Jaan_Tonisson_(Lasteleht), lk 365
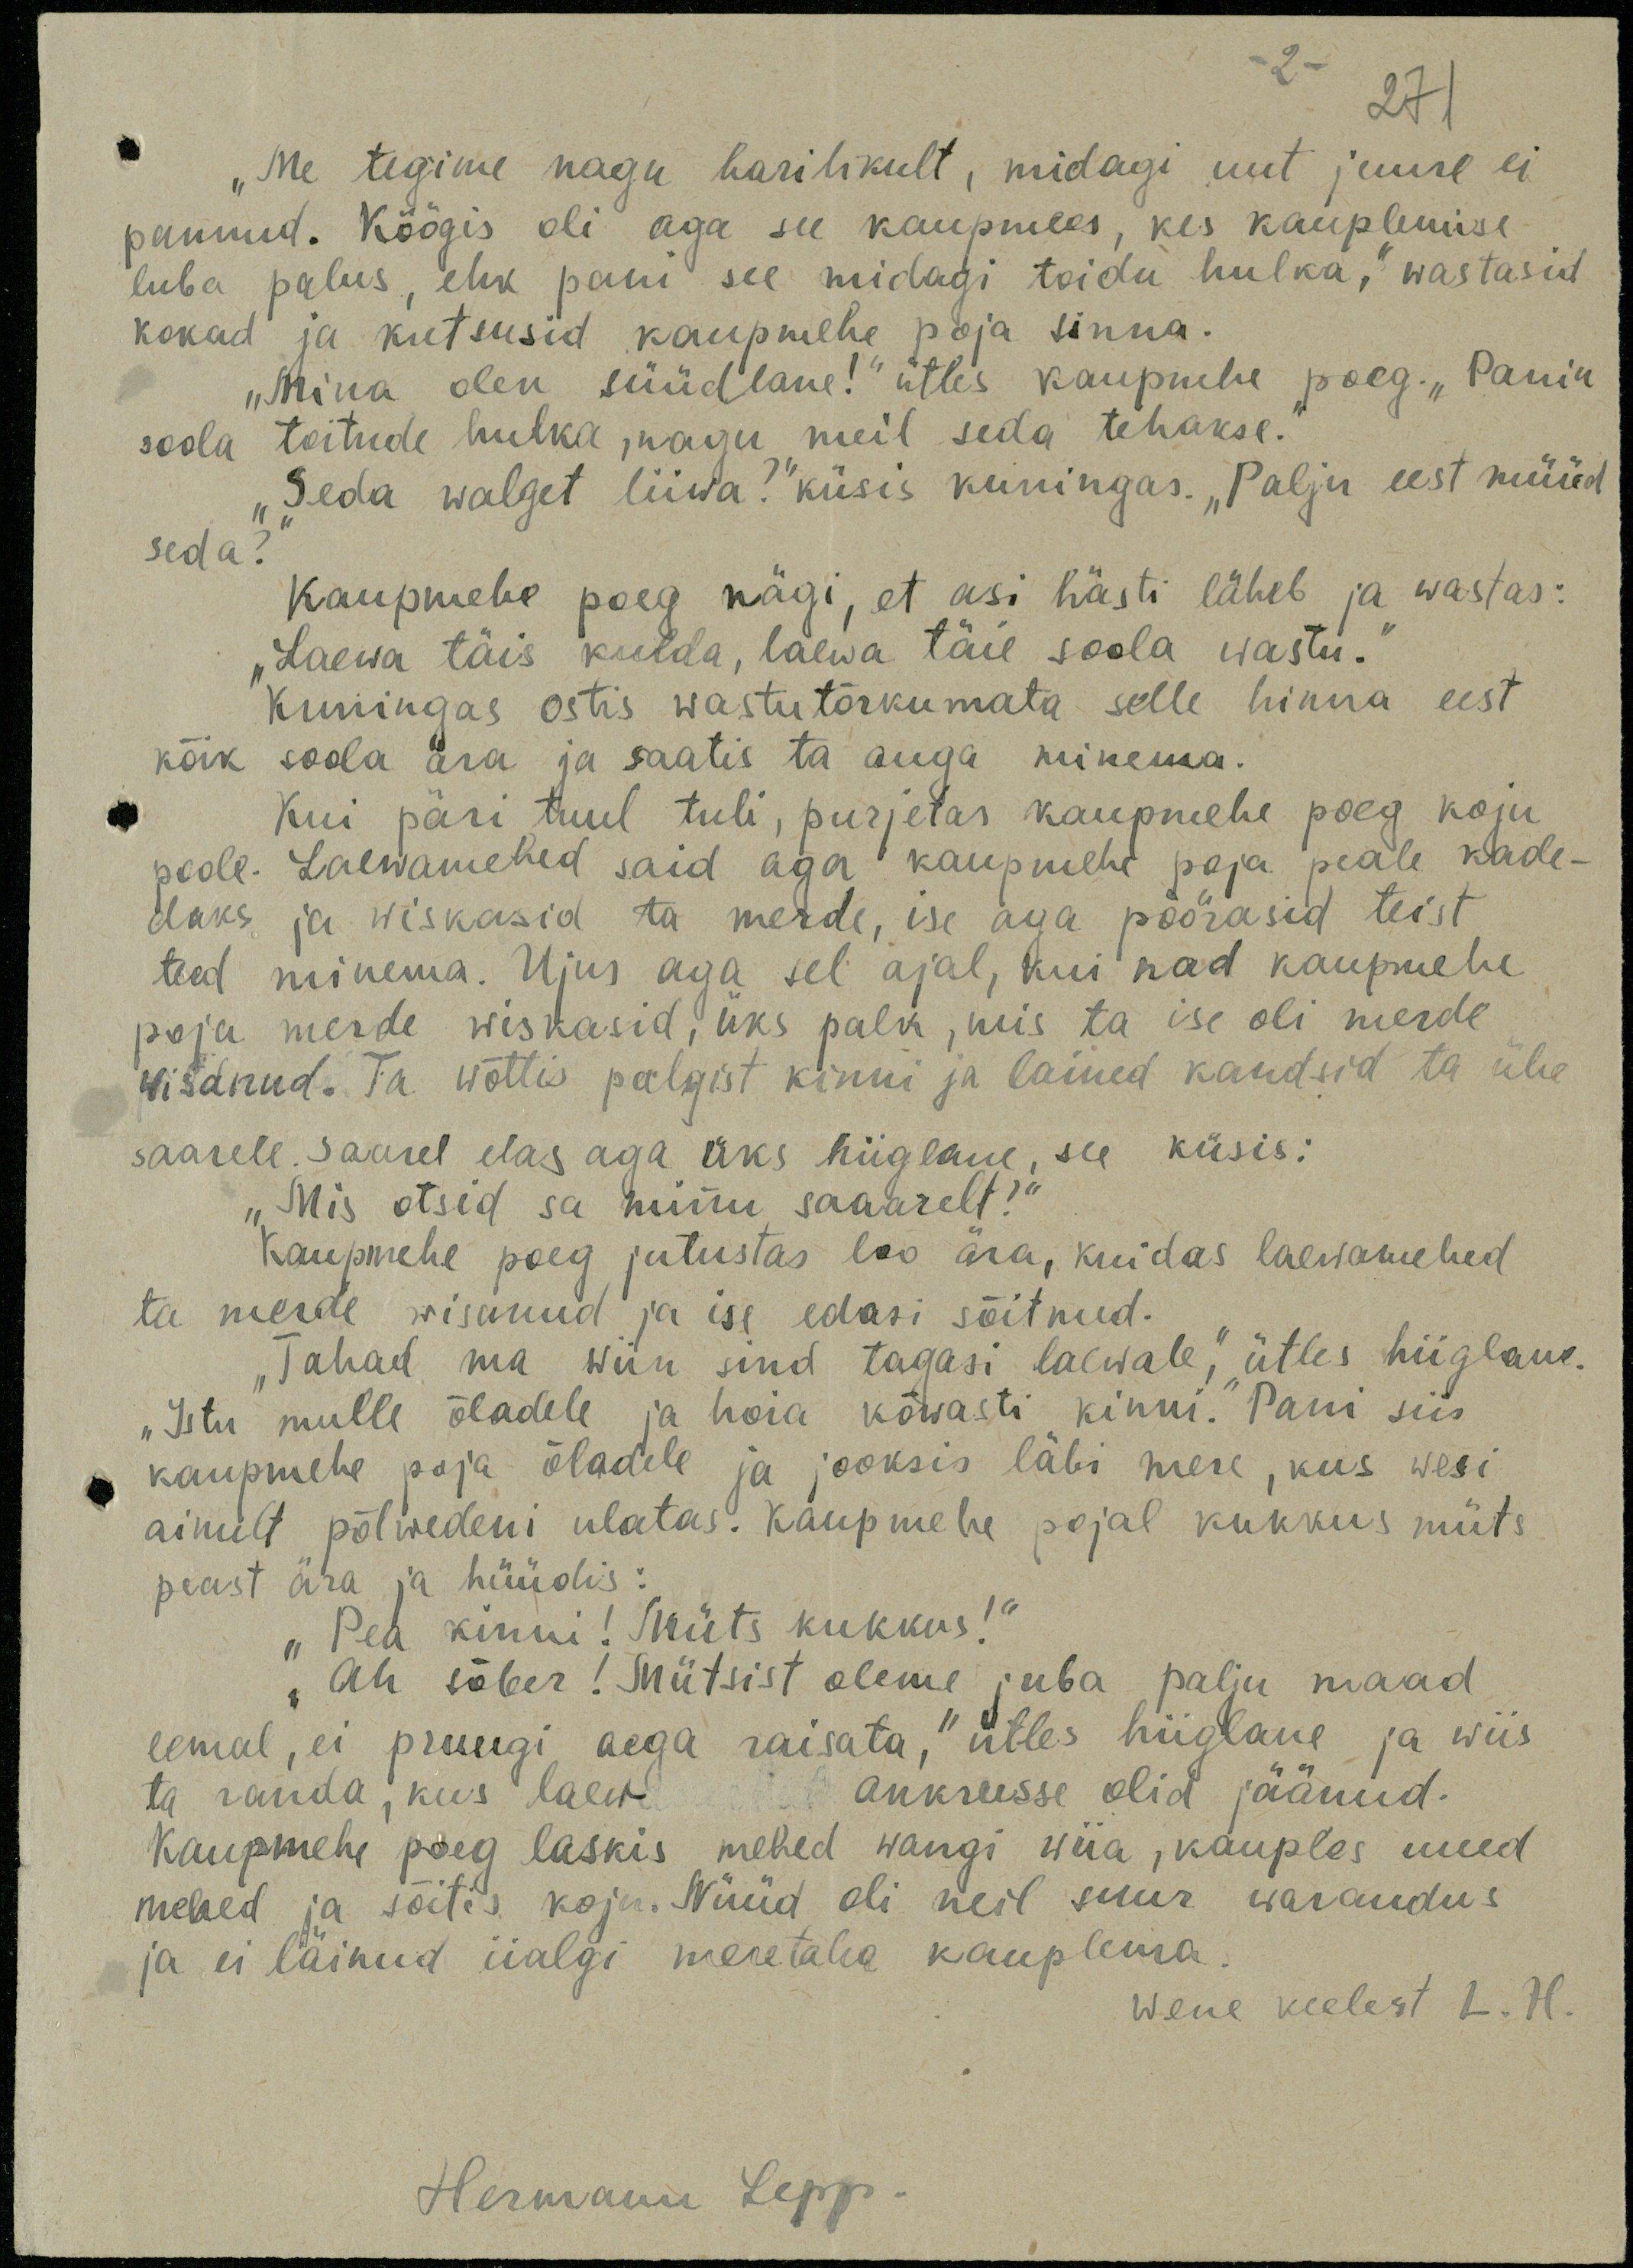
2 - 271

„Me tegime nagu harilikult, midagi uut juure ei
pannud. Köögis oli aga see kaupmees, kes kauplemise
luba palus, ehk pani see midagi toidu hulka," wastasid
kokad ja kutsusid kaupmehe poja sinna.
"Mina olen süüdlane!" ütles kaupuhu poeg. "Panin
soola toitude hulka, nagu meil seda tehakse.
"Seda walget liiwa?" küsis kuningas. „Palju eest müüd
seda?
kaupmehe poeg nägi, et asi hästi läheb ja wastas:
„Laeva täis kulda, laewa täie soola wastu.“
Kuningas ostis wastutõrkumata selle hinna eest
kõik soola ära ja saatis ta auga minema.
Kui päri tuul tuli, purjetas kaupmehe poeg koju
poole. Laewamehed said aga kaupmehe poja peale kade-
daks ja wiskasid ta merde, ise aga pöörasid teist
teed minema. Ujus aga sel ajal, kui nad kaupmehe
koja merde wiskasid, üks palk, mis ta ise oli merde,
wisanud. Ta wõttis palgist kinni ja lained kandsid ta ühe
saarele. Saarel elas aga üks hiiglane, see küsis:
„Mis otsid sa minu saaarelt?"
Kaupmehe poeg jutustas loo ära, kuidas laewamehed
ta merde wisanud ja ise edasi sõitnud.
„Tahad ma wiin sind tagasi laewale," ütles hiiglane.
"Istu mulle õladele ja hoia kõwasti kinni." Pani siis
kaupmehe poja õladele ja jooksis läbi mere, kus wesi
ainult põlwedeni ulatas. Kaupmehe pojal kukkus müts
peast ära ja hüüdis:
"Pea kinni! Müts kukkus!“
„Ah sõber! Mütsist oleme juba palju maad
eemal, ei pruugi aega raisata." ütles hiiglane ja wiis
ta randa, kus laew ankrusse olid jäänud.
Kaupmehe poeg laskis mehed wangi wiia, kauples uued
mehed ja sõitis koju. Nüüd oli neil suur warandus
ja ei läinud iialgi meretaha kauplema.
wene keelest L. H.
Hermann Lepp.